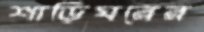
শাড়িঘরের